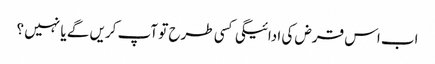
اب اس قرض کی ادائیگی کسی طرح تو آپ کریں گے یا نہیں ؟